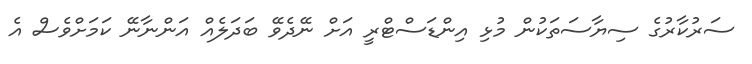
ސަރުކާރުގެ ސިޔާސަތަކުން މުޅި އިންޑަސްޓްރީ އަށް ނޭދެވޭ ބަދަލެއް އަންނާނޭ ކަމަށްވެސް އެ